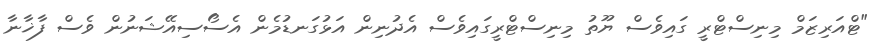
"ޓްއަރިޒަމް މިނިސްޓްރީ ގައިވެސް ޔޫތު މިނިސްޓްރީގައިވެސް އެދުނިން އަޅުގަނޑުމެން އެސޯސިއޭޝަނުން ވެސް ފާޚާނާ